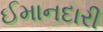
ઈમાનદારી